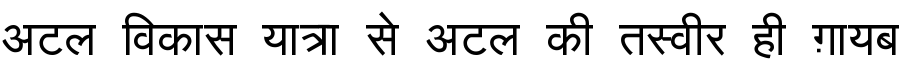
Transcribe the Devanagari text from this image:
अटल विकास यात्रा से अटल की तस्वीर ही ग़ायब